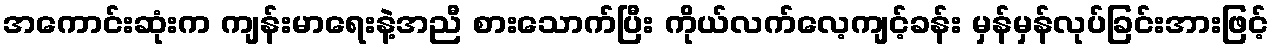
အကောင်းဆုံးက ကျန်းမာရေးနဲ့အညီ စားသောက်ပြီး ကိုယ်လက်လေ့ကျင့်ခန်း မှန်မှန်လုပ်ခြင်းအားဖြင့်